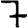
Digit: 7